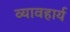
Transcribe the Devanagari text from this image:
व्यावहार्य